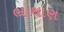
ભાથાણ